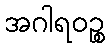
အဂါရဝဉ္စ